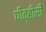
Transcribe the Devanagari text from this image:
पीव्हीसी